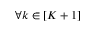
\forall k \in [ K + 1 ]